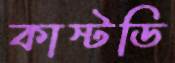
কাস্টডি